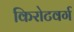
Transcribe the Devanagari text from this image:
किरोटवर्ग